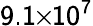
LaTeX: \mathsf{9.1}\! \! \times\! \! \mathsf{10}^{\mathsf{7}}